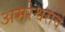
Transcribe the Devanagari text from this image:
अमरेश्वराचे